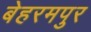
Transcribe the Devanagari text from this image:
बेहरमपुर